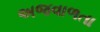
અજવાળતા